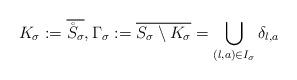
LaTeX: \begin{align*}K_\sigma:=\overline{\mathring S_\sigma},\Gamma_\sigma:=\overline{S_\sigma\setminus K_\sigma}=\bigcup_{(l,a)\in I_\sigma} \delta_{l,a}\end{align*}